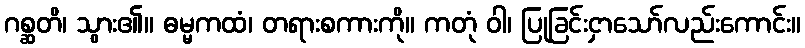
ဂစ္ဆတိ၊ သွား၏။ ဓမ္မကထံ၊ တရားစကားကို။ ကတုံ ဝါ၊ ပြုခြင်းငှာသော်လည်းကောင်း။